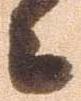
々